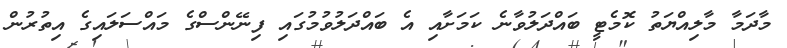
މާދަމާ މާލިއްޔަތު ކޮމެޓީ ބައްދަލުވާނެ ކަމަށާއި އެ ބައްދަލުވުމުގައި ފިނޭންސްގެ މައްސަލައިގެ އިތުރުން